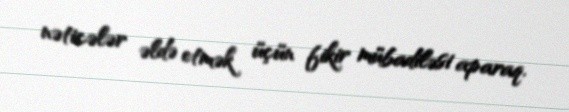
nəticələr əldə etmək üçün fikir mübadiləsi aparaq.